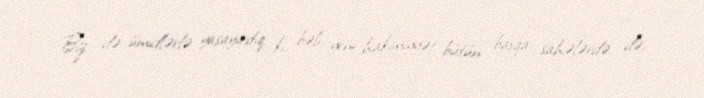
Biz də ümidlərlə yaşayırdıq ki, bəli, yeni hakimiyyət bütün başqa sahələrdə də,